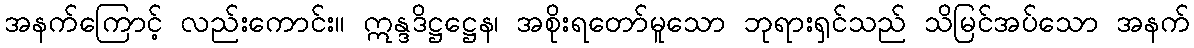
အနက်ကြောင့် လည်းကောင်း။ ဣန္ဒဒိဋ္ဌဋ္ဌေန၊ အစိုးရတော်မူသော ဘုရားရှင်သည် သိမြင်အပ်သော အနက်